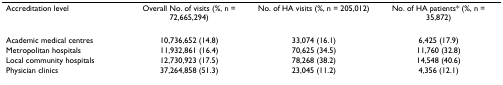
<table><thead><tr><td><b>Accreditation level</b></td><td><b>Overall No. of visits (%, n = 72,665,294)</b></td><td><b>No. of HA visits (%, n = 205,012)</b></td><td><b>No. of HA patients* (%, n = 35,872)</b></td></tr></thead><tbody><tr><td>Academic medical centres</td><td>10,736,652 (14.8)</td><td>33,074 (16.1)</td><td>6,425 (17.9)</td></tr><tr><td>Metropolitan hospitals</td><td>11,932,861 (16.4)</td><td>70,625 (34.5)</td><td>11,760 (32.8)</td></tr><tr><td>Local community hospitals</td><td>12,730,923 (17.5)</td><td>78,268 (38.2)</td><td>14,548 (40.6)</td></tr><tr><td>Physician clinics</td><td>37,264,858 (51.3)</td><td>23,045 (11.2)</td><td>4,356 (12.1)</td></tr></tbody></table>